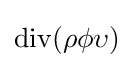
\operatorname {div} (\rho \phi \upsilon )